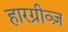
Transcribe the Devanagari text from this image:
हारग्रीव्ज़